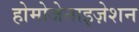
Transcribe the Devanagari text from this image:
होमोजेनाइज़ेशन